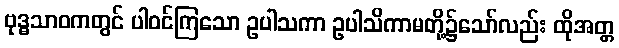
ဗုဒ္ဓသာဝကတွင် ပါဝင်ကြသော ဥပါသကာ ဥပါသိကာမတို့၌သော်လည်း ထိုအတ္တ